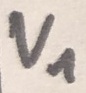
Text: V1